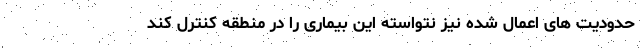
حدودیت های اعمال شده نیز نتواسته این بیماری را در منطقه کنترل کند